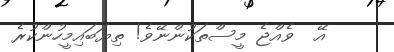
އޭ  ވެއްޖެ މީސްތަކުންނޭވެ! ތިޔަބައިމީހުންކުރެ